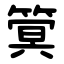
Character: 䈿